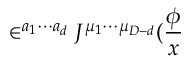
\in ^ { a _ { 1 } \cdots a _ { d } } J ^ { \mu _ { 1 } \cdots \mu _ { D - d } } ( \frac \phi x